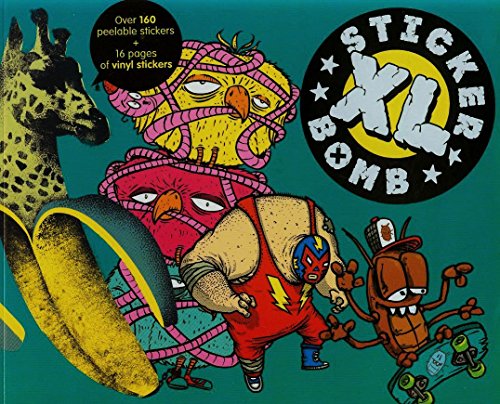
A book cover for Stickerbomb XL; SRK; Arts & Photography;